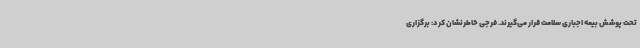
تحت پوشش بیمه اجباری سلامت قرار می‌گیرند. فرجی خاطرنشان کرد: برگزاری